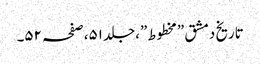
تاریخ دمشق ”مخطوط”،جلد ٥١،صفحہ ٥٢۔